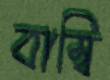
বাম্বি